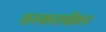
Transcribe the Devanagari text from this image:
सस्कतचेंवन